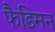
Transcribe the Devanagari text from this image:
फैडिमन